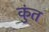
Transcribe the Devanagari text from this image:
कुंत